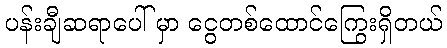
ပန်းချီဆရာပေါ် မှာ ငွေတစ်ထောင်ကြွေးရှိတယ်